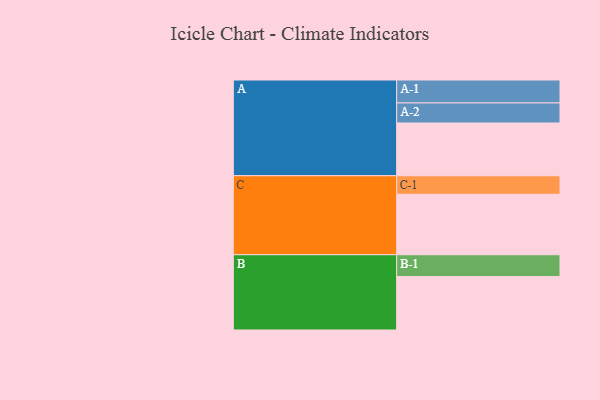
{"axis": {"x": "Segment", "y": "Value"}, "legend": ["", "A", "B", "C"], "data": [{"x": "A", "y": 384, "type": ""}, {"x": "B", "y": 389, "type": ""}, {"x": "C", "y": 440, "type": ""}, {"x": "A-1", "y": 167, "type": "A"}, {"x": "A-2", "y": 146, "type": "A"}, {"x": "B-1", "y": 159, "type": "B"}, {"x": "C-1", "y": 135, "type": "C"}]}